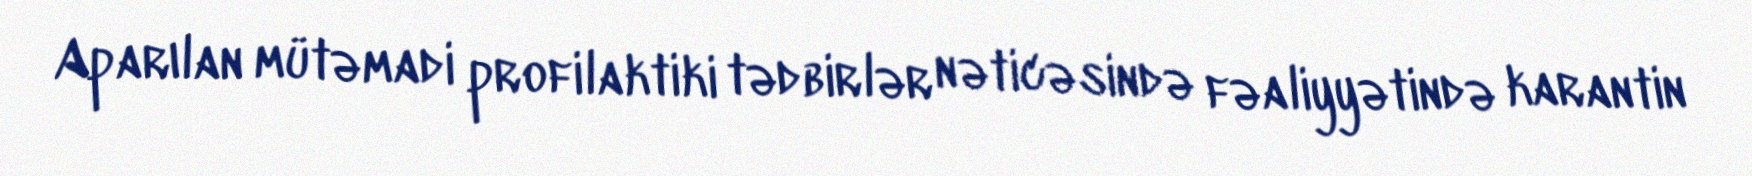
Aparılan mütəmadi profilaktiki tədbirlər nəticəsində fəaliyyətində karantin